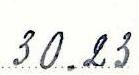
30.23